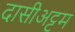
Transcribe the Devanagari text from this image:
दासीअट्ट्म